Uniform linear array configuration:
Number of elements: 4
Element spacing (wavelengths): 1
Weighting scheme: cosine
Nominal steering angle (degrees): -60
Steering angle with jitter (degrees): -60.05
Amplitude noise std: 0.05
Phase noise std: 0.05

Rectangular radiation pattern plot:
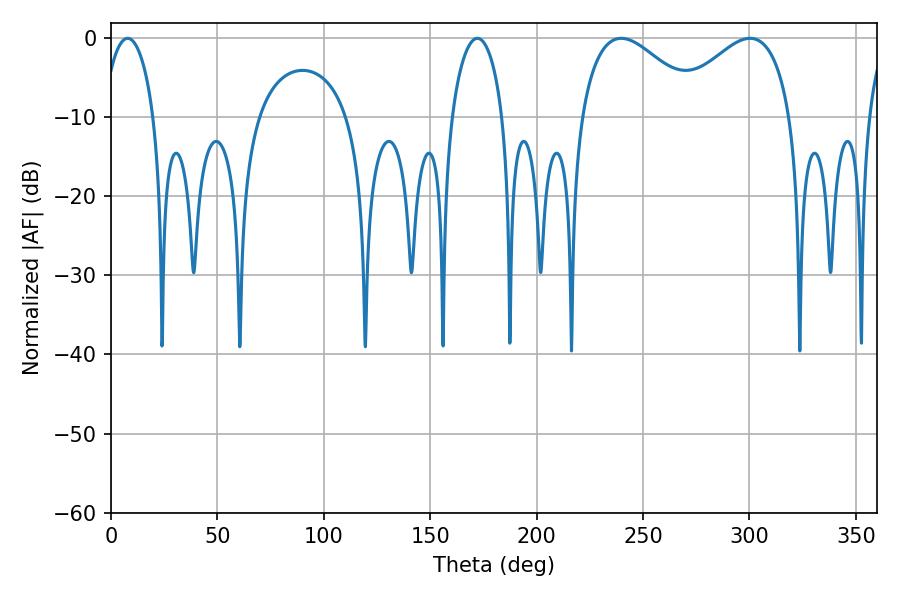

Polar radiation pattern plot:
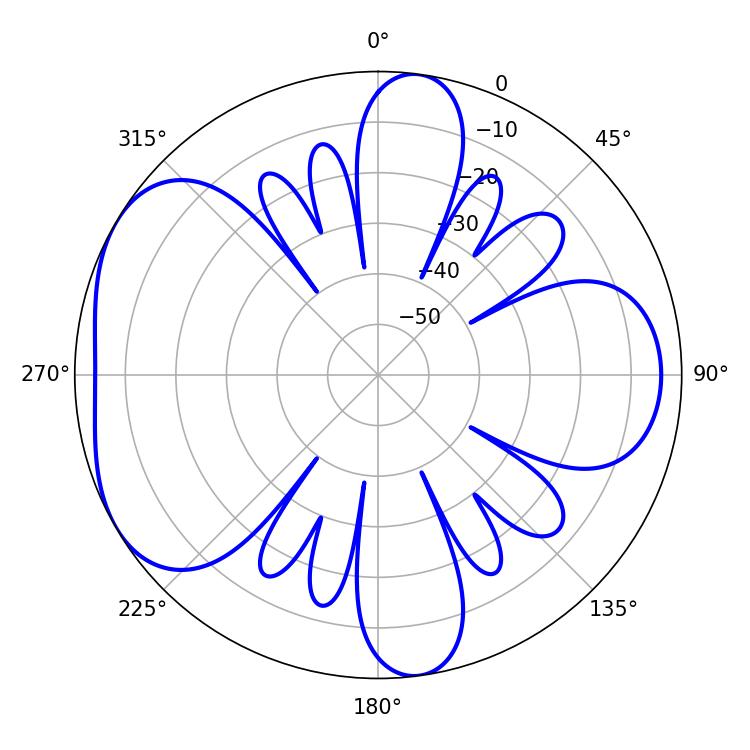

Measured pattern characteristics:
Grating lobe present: TRUE
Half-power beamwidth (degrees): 30.96
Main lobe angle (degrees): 239.76